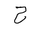
Letter: _ha